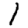
Digit: 1